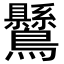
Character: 𪈉